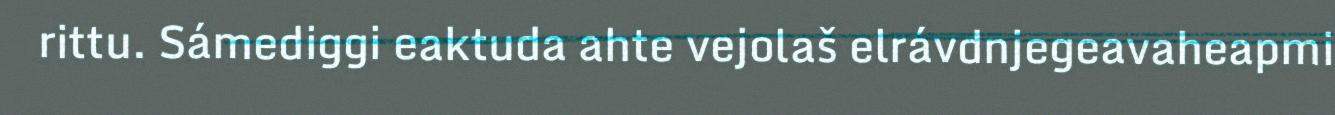
rittu. Sámediggi eaktuda ahte vejolaš elrávdnjegeavaheapmi